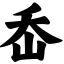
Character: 岙